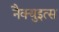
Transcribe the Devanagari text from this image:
नैक्युइत्स